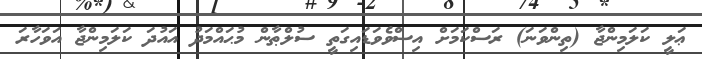
ޢަލީ ކަލަމިންޖާ (ތިންވަނަ) ރަސްކަމަށް އިސްވެވަޑައިގަތީ ސުލްޠާން މުޙައްމަދު އައުދަ ކަލަމިންޖާ އަވަހާރަ